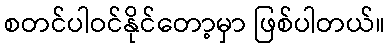
စတင်ပါဝင်နိုင်တော့မှာ ဖြစ်ပါတယ်။